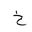
Letter: _kha